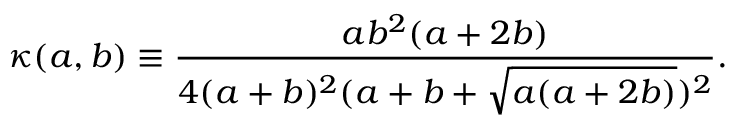
\kappa ( a , b ) \equiv \frac { a b ^ { 2 } ( a + 2 b ) } { 4 ( a + b ) ^ { 2 } ( a + b + \sqrt { a ( a + 2 b ) } ) ^ { 2 } } .